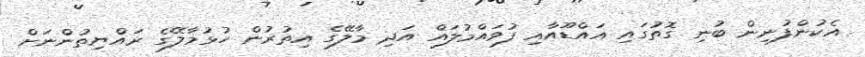
އެކުންފުނިން ބުނި ގޮތުގައި އައްޑޫއާއި ފުވައްމުލައް އަދި މާލޭގެ އިތުރުން ހުޅުމާލޭގެ ރައްޔިތުންނަށް